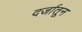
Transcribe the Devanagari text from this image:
दर्जातून